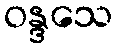
ဝန္ဒသေ